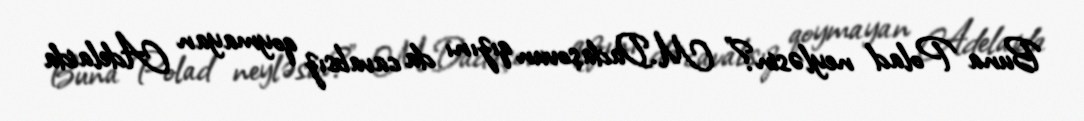
Buna Polad neyləsin?” M.Dadaşovun qızını da cavabsız qoymayan Adelaida